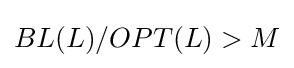
BL(L)/OPT(L)>M